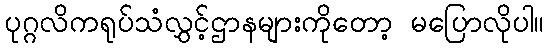
ပုဂ္ဂလိကရုပ်သံလွှင့်ဌာနများကိုတော့ မပြောလိုပါ။